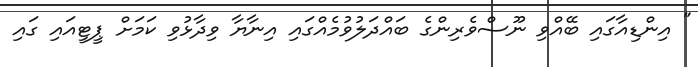
" އިންޑިއާގައި ބޭއްވި ނޫސްވެރިންގެ ބައްދަލުވުމެއްގައި އިނާޔާ ވިދާޅުވި ކަމަށް ޕީޓީއައި ގައި